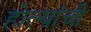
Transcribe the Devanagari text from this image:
होल्यांची